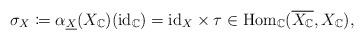
LaTeX: \begin{align*}\sigma_{X}\coloneqq\alpha_{\underline{X}}(X_{\mathbb{C}})(\mathrm{id}_{\mathbb{C}})=\mathrm{id}_{X}\times\tau\in\mathrm{Hom}_{\mathbb{C}}(\overline{X_{\mathbb{C}}},X_{\mathbb{C}}),\end{align*}